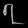
Digit: ၇